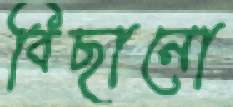
বিছানো